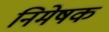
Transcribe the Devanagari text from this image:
निमेषक